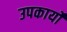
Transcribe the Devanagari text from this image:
उपकार्यों